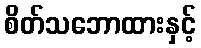
စိတ်သဘောထားနှင့်